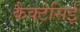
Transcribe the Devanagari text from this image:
कैक्टेसिई